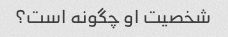
شخصیت او چگونه است؟